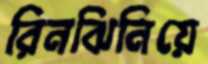
রিনঝিনিয়ে